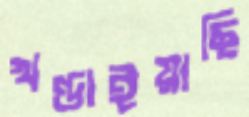
খণ্ডাইয়াছি